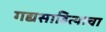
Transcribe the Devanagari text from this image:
गद्यसाहित्याचा